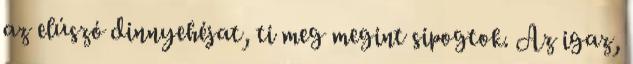
az elúszó dinnyehéjat, ti meg megint sipogtok. Az igaz,